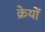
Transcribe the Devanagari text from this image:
क्रेयों